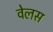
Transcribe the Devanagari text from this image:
वेलस